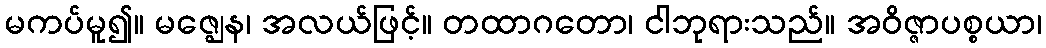
မကပ်မူ၍။ မဇ္ဈေန၊ အလယ်ဖြင့်။ တထာဂတော၊ ငါဘုရားသည်။ အဝိဇ္ဇာပစ္စယာ၊